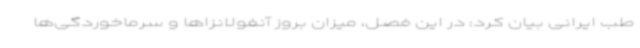
طب ایرانی بیان کرد: در این فصل، میزان بروز آنفولانزاها و سرماخوردگی‌ها